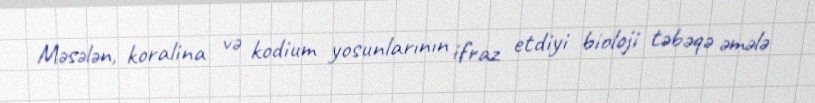
Məsələn, koralina və kodium yosunlarının ifraz etdiyi bioloji təbəqə əmələ